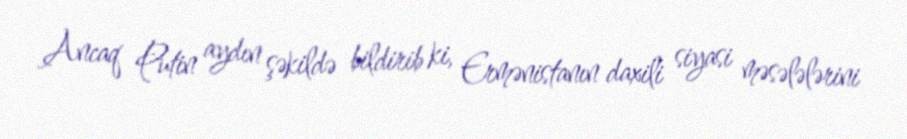
Ancaq Putin aydın şəkildə bildirib ki, Ermənistanın daxili siyasi məsələlərini